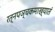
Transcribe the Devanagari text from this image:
रत्‍नपञ्चकमाख्यातं